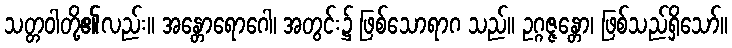
သတ္တဝါတို့၏လည်း။ အန္တောရောဂေါ၊ အတွင်း၌ ဖြစ်သောရာဂ သည်။ ဥဂ္ဂဇ္ဇန္တော၊ ဖြစ်သည်ရှိသော်။